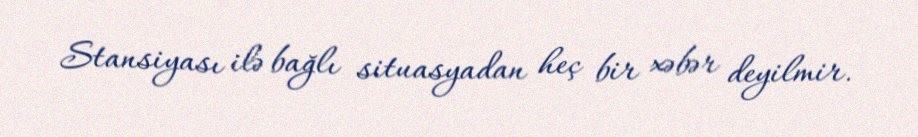
Stansiyası ilə bağlı situasyadan heç bir xəbər deyilmir.